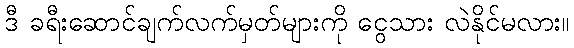
ဒီ ခရီးဆောင်ချက်လက်မှတ်များကို ငွေသား လဲနိုင်မလား။